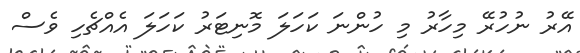
އޭރު ނުހުރޭ މިހާރު މި ހުންނަ ކަހަލަ މޮނިޓަރު ކަހަލަ އެއްޗެހި ވެސް